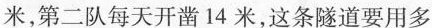
米，第二队每天开凿14米，这条隧道要用多